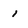
Character: i